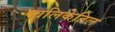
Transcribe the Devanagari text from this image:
मालिकेतिल